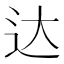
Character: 达